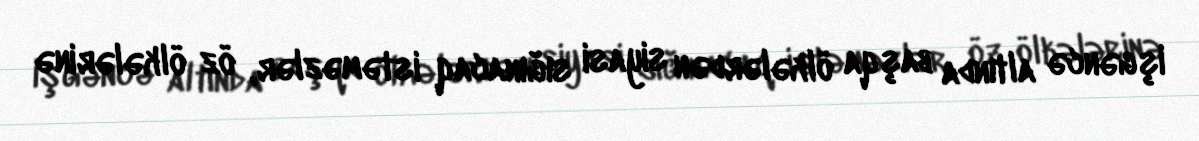
işgəncə altında başqa ölkələrdən siyasi sığınacaq istəməzlər, öz ölkələrinə